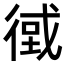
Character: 𢕂